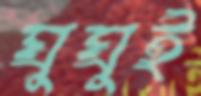
ঘুঘুই